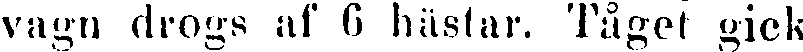
vagn drogs af 6 hästar. Tåget gick